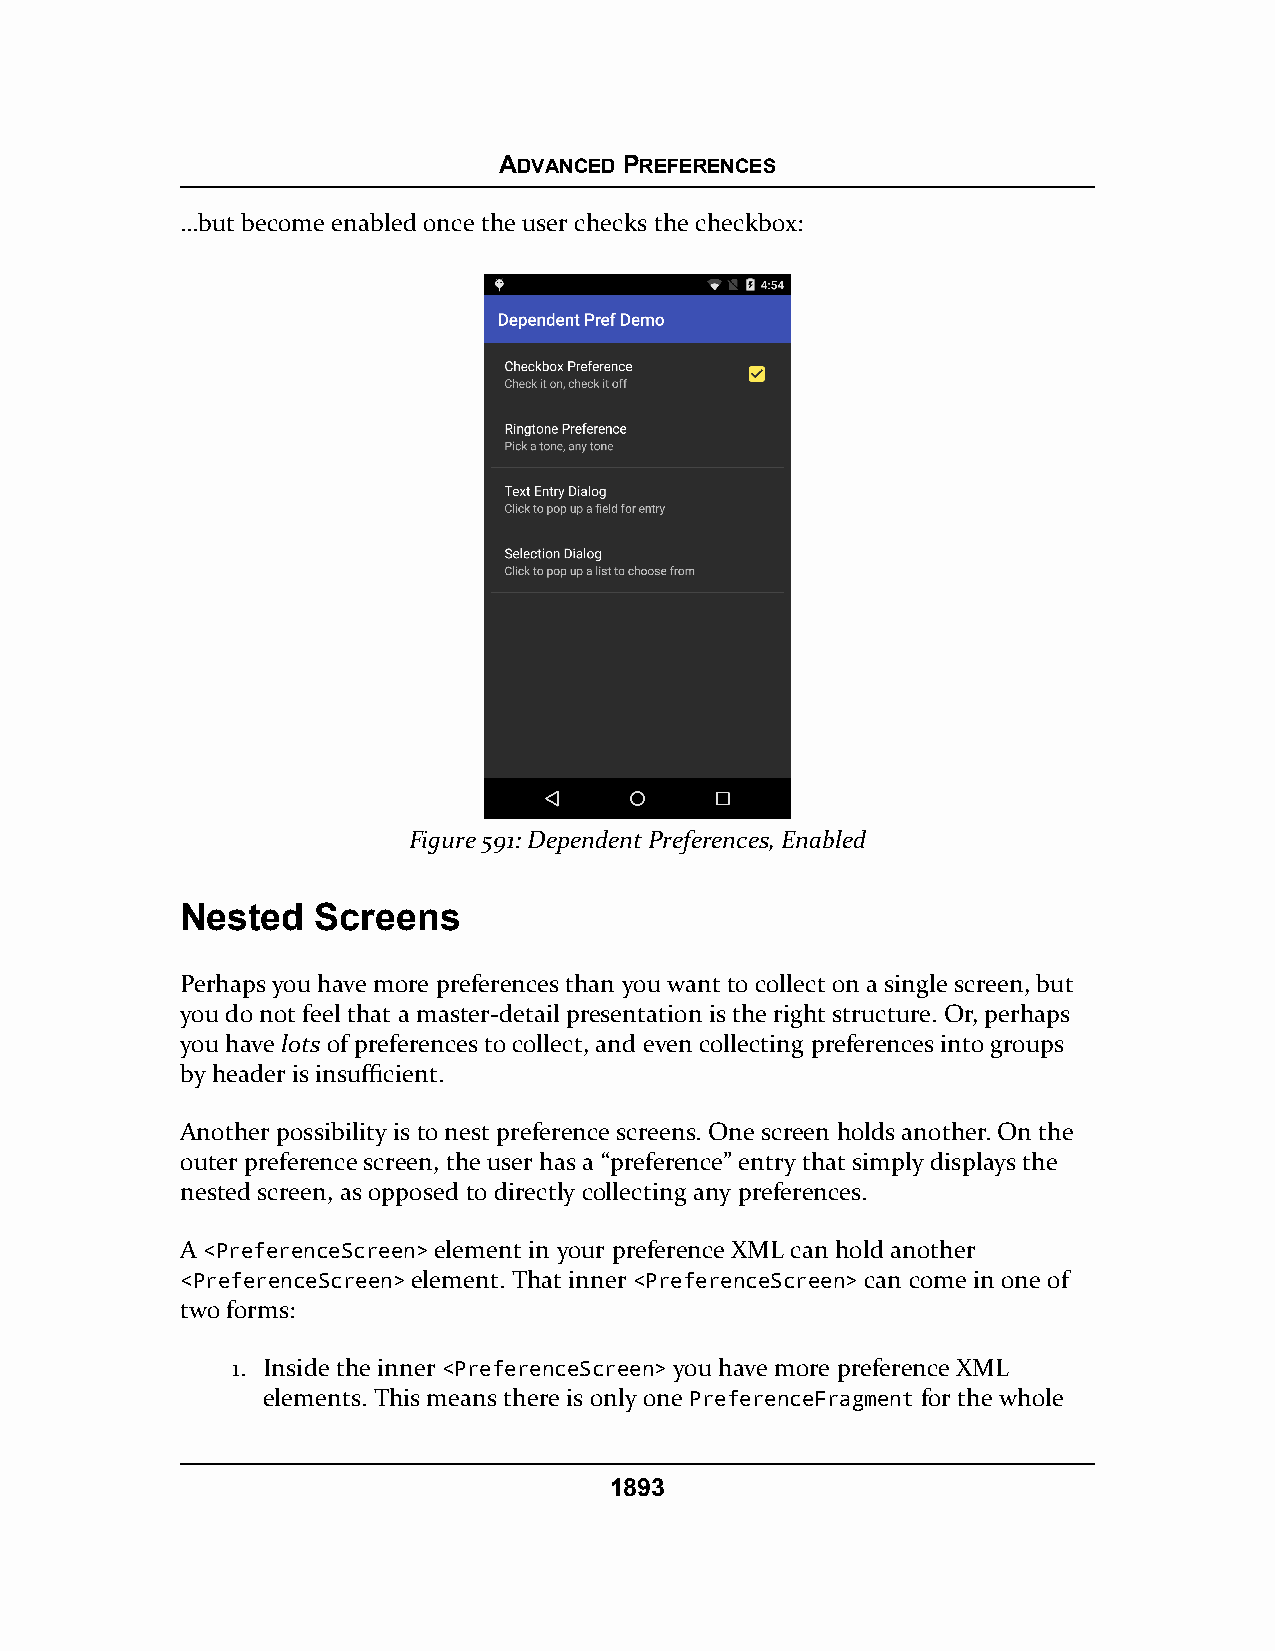
ADVANCED PREFERENCES
 …but become enabled once the user checks the checkbox:
 Figure 591: Dependent Preferences, Enabled
 Nested   Screens
 Perhaps you have more preferences than you want to collect on a single screen, but
 you do not feel that a master-detail presentation is the right structure. Or, perhaps
 you have lots of preferences to collect, and even collecting preferences into groups
 by header is insufficient.
 Another possibility is to nest preference screens. One screen holds another. On the
 outer preference screen, the user has a “preference” entry that simply displays the
 nested screen, as opposed to directly collecting any preferences.
 A <PreferenceScreen> element in your preference XML can hold another
 <PreferenceScreen> element. That inner <PreferenceScreen> can come in one of
 two forms:
 1. Inside the inner <PreferenceScreen> you have more preference XML
 elements. This means there is only one PreferenceFragment for the whole
 1893